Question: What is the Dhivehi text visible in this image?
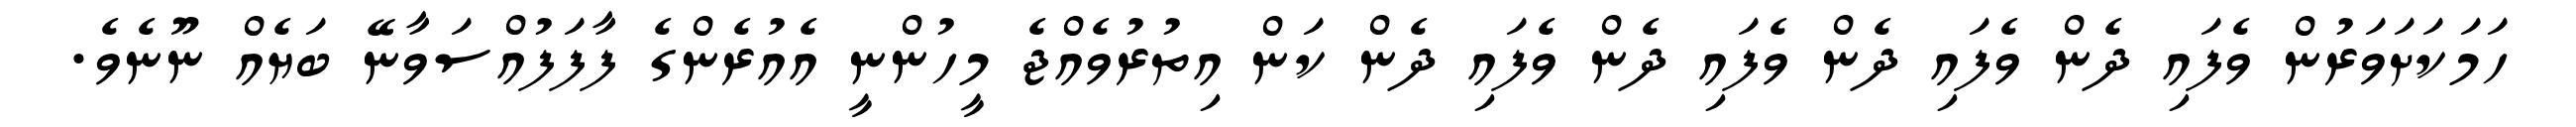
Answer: ހަމަކަށަވަރުން ވެފައި ދެން ވެފައި ދެން ވެފައި ދެން ވެފައި ދެން ކަން އިތުރުވެއްޖެ މީހުންނީ އެއުރެންގެ ފާފަފުއްސަވާނޭ ބަޔެއް ނޫނެވެ.